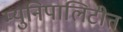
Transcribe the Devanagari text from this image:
म्युनिपालिटीत